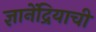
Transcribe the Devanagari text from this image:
ज्ञानेंद्रियाची